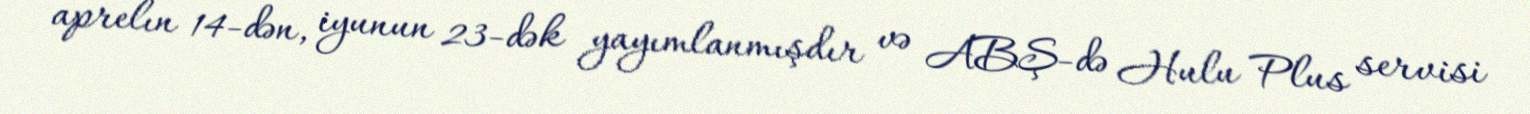
aprelın 14-dən, iyunun 23-dək yayımlanmışdır və ABŞ-də Hulu Plus servisi